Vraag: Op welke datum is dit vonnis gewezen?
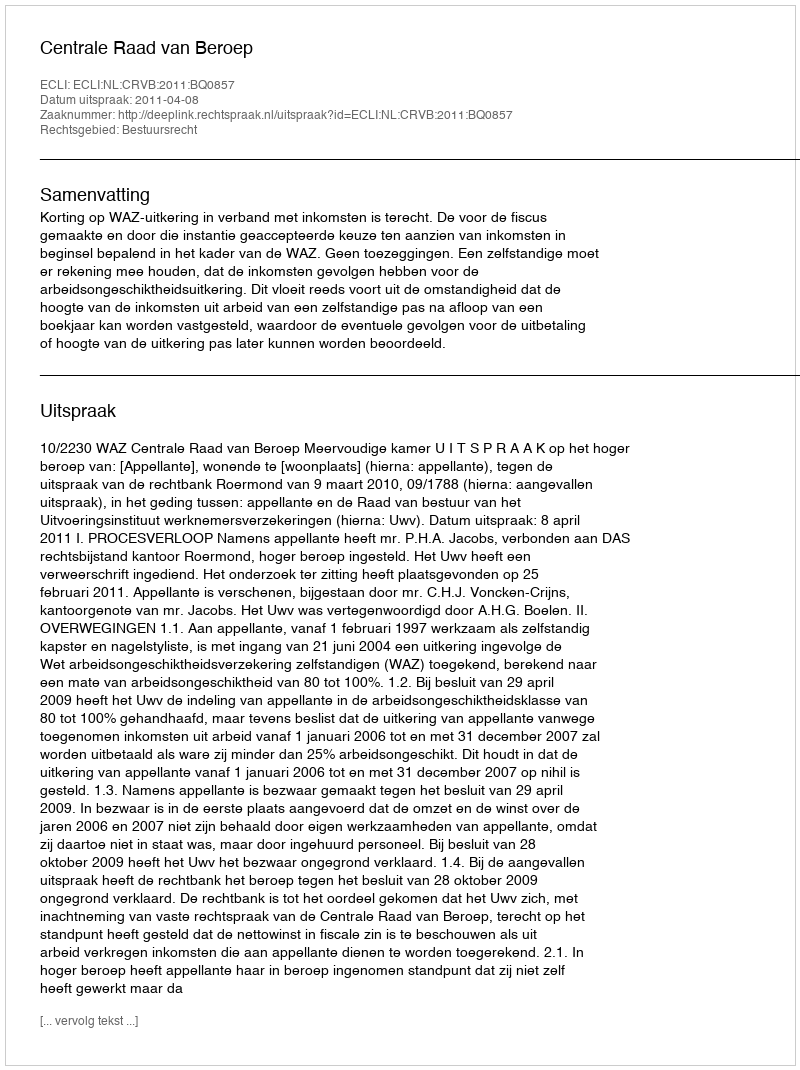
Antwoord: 2011-04-08